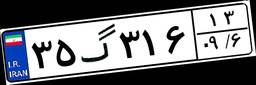
۳۵گ۳۱۶۱۳